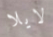
لايلا